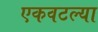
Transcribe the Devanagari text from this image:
एकवटल्या